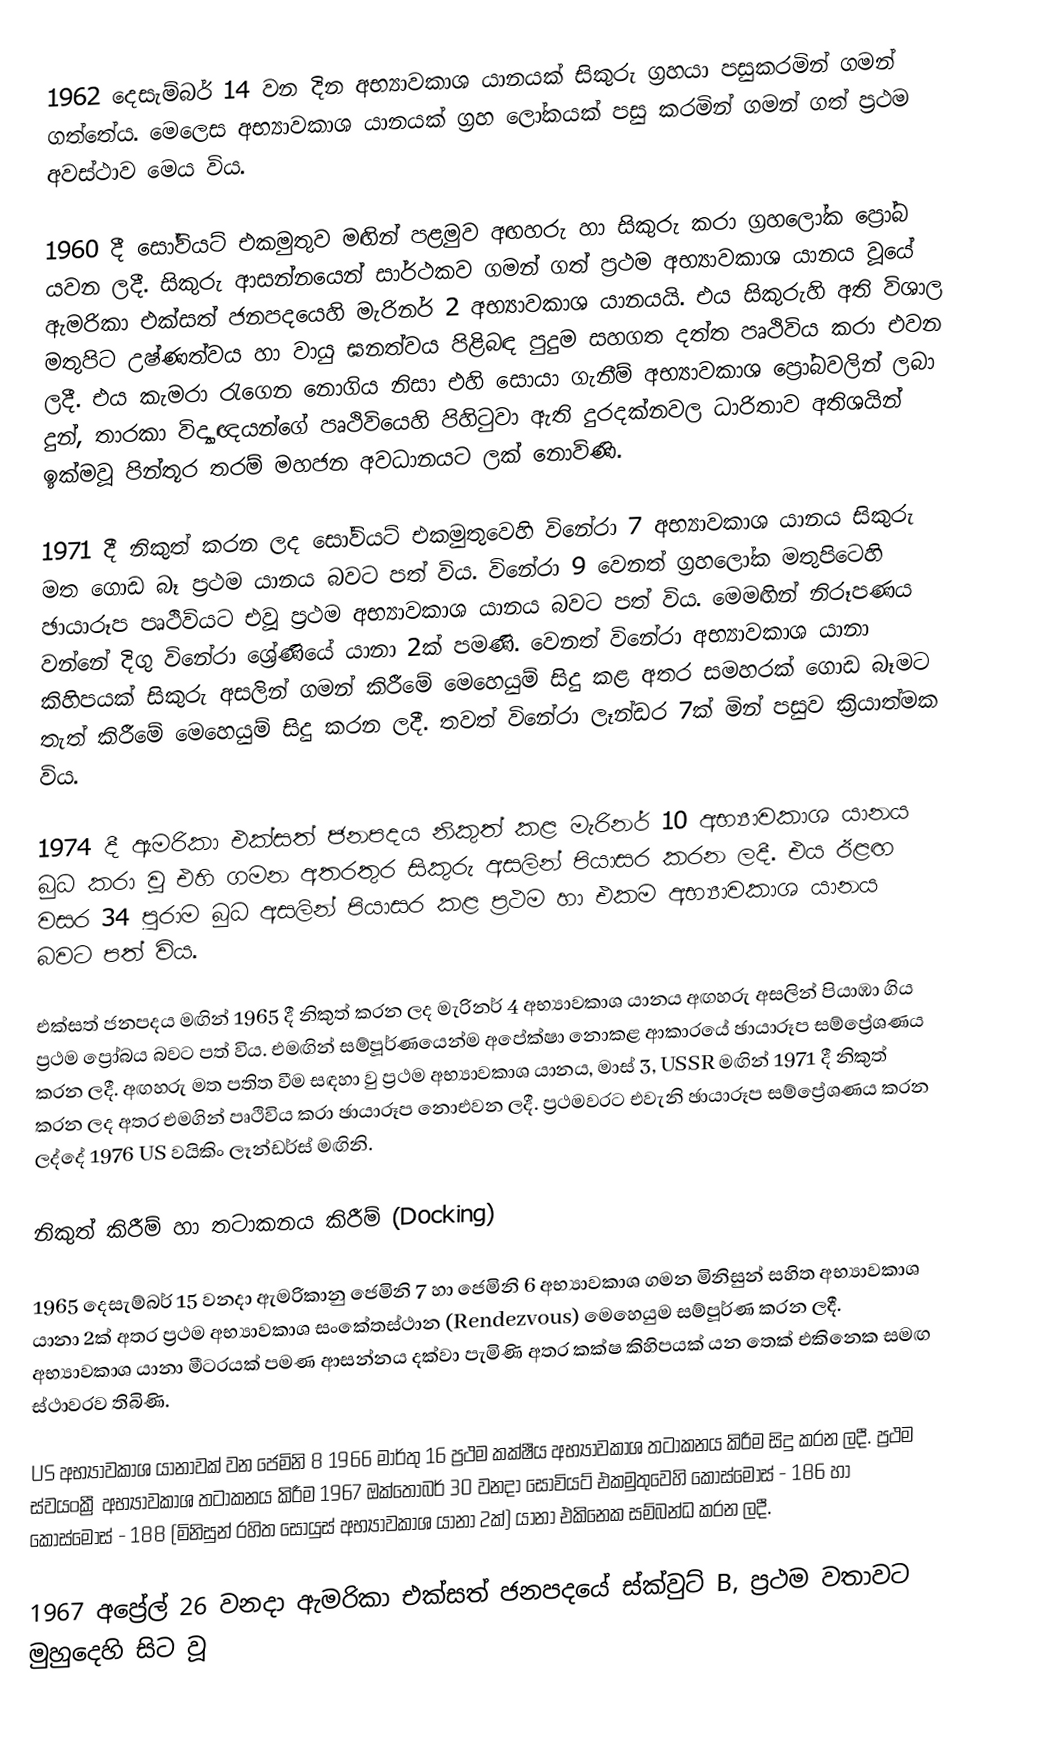
1962 දෙසැම්බර් 14 වන දින අභ්‍යාවකාශ යානයක් සිකුරු ග්‍රහයා පසුකරමින් ගමන් ගත්තේය. මෙලෙස අභ්‍යාවකාශ යානයක් ග්‍රහ ලෝකයක් පසු කරමින් ගමන් ගත් ප්‍රථම අවස්ථාව මෙය විය.

1960 දී සෝවියට් එකමුතුව මඟින් පළමුව අඟහරු හා සිකුරු කරා ග්‍රහලෝක ප්‍රෝබ යවන ලදී. සිකුරු ආසන්නයෙන් සාර්ථකව ගමන් ගත් ප්‍රථම අභ්‍යාවකාශ යානය වූයේ ඇමරිකා එක්සත් ජනපදයෙහි මැරිනර් 2 අභ්‍යාවකාශ යානයයි. එය සිකුරුහි අති විශාල මතුපිට උෂ්ණත්වය හා වායු ඝනත්වය පිළිබඳ පුදුම සහගත දත්ත පෘථිවිය කරා එවන ලදී. එය කැමරා රැගෙන නොගිය නිසා එහි සොයා ගැනීම් අභ්‍යාවකාශ ප්‍රෝබවලින් ලබා දුන්, තාරකා විද්‍යාඥයන්ගේ පෘථිවියෙහි පිහිටුවා ඇති දුරදක්නවල ධාරිතාව අතිශයින් ඉක්මවූ  පින්තූර තරම් මහජන අවධානයට ලක් නොවිණි.

1971 දී නිකුත් කරන ලද සෝවියට් එකමුතුවෙහි විනේරා 7 අභ්‍යාවකාශ යානය සිකුරු මත ගොඩ බෑ ප්‍රථම යානය බවට පත් විය. විනේරා 9 වෙනත් ග්‍රහලෝක මතුපිටෙහි ඡායාරූප පෘථිවියට එවූ ප්‍රථම අභ්‍යාවකාශ යානය බවට පත් විය. මෙමඟින් නිරූපණය වන්නේ දිගු විනේර‍ා ශ්‍රේණියේ යානා 2ක් පමණි. වෙනත් විනේරා අභ්‍යාවකාශ යානා කිහිපයක් සිකුරු අසලින් ගමන් කිරීමේ මෙහෙයුම් සිදු කළ අතර සමහරක් ගොඩ බෑමට තැත් කිරීමේ මෙහෙයුම් සිදු කරන ලදී. තවත් විනේරා ලෑන්ඩර 7ක් මින් පසුව ක්‍රියාත්මක විය.

1974 දී ඇමරිකා එක්සත් ජනපදය නිකුත් කළ මැරිනර් 10 අභ්‍යාවකාශ යානය බුධ කරා වූ එහි ගමන අතරතුර සිකුරු අසලින් පියාසර කරන ලදී. එය ඊළඟ වසර 34 පුරාම බුධ අසලින් පියාසර කළ ප්‍රථම හා එකම අභ්‍යාවකාශ යානය බවට පත් විය.

එක්සත් ජනපදය මඟින් 1965 දී නිකුත් කරන ලද මැරිනර් 4 අභ්‍යාවකාශ යානය අඟහරු අසලින් පියාඹා ගිය ප්‍රථම ප්‍රෝබය බවට පත් විය. එමඟින් සම්පූර්ණයෙන්ම අපේක්ෂා නොකළ ආකාරයේ ඡායාරූප සම්ප්‍රේශණය කරන ලදී. අඟහරු මත පතිත වීම සඳහා වු ප්‍රථම අභ්‍යාවකාශ යානය, මාස් 3, USSR මඟින් 1971 දී නිකුත් කරන ලද අතර එමගින් පෘථිවිය කරා ඡායාරූප නොඑවන ලදී. ප්‍රථමවරට එවැනි ඡායාරූප සම්ප්‍රේශණය කරන ලද්දේ 1976 US වයිකිං ලෑන්ඩර්ස් මඟිනි.

නිකුත් කිරීම් හා තටාකනය කිරීම් (Docking)

1965 දෙසැම්බර් 15 වනදා ඇමරිකානු ජෙමිනි 7 හා ‍ජෙමිනි 6 අභ්‍යාවකාශ ගමන මිනිසුන් සහිත අභ්‍යාවකාශ යානා 2ක් අතර ප්‍රථම අභ්‍යාවකාශ සංකේතස්ථාන (Rendezvous) මෙහෙයුම සම්පූර්ණ කරන ලදී. අභ්‍යාවකාශ යානා මීටරයක් පමණ ආසන්නය දක්වා පැමිණි අතර කක්ෂ කිහිපයක් යන තෙක් එකිනෙක සමඟ ස්ථාවරව තිබිණි.

US අභ්‍යාවකාශ යානාවක් වන ජෙමිනි 8 1966 මාර්තු 16 ප්‍රථම කක්ෂීය අභ්‍යාවකාශ තටාකනය කිරීම සිදු කරන ලදී. ප්‍රථම ස්වයංක්‍රී අභ්‍යාවකාශ තටාකනය කිරීම 1967 ඔක්තෝබර් 30 වනදා සෝවියට් එකමුතුවෙහි කොස්මෝස් - 186 හා කොස්මෝස් - 188 (මිනිසුන් රහිත සෝයුස් අභ්‍යාවකාශ යානා 2ක්) යානා එකිනෙක සම්බන්ධ කරන ලදී.

1967 අප්‍රේල් 26 වනදා ඇමරිකා එක්සත් ජනපදයේ ස්ක්වුට් B, ප්‍රථම වතාවට මුහුදෙහි සිට වූ